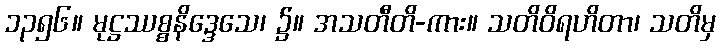
၁၃၅၆။ မုဋ္ဌဿစ္စနိဒ္ဒေသေ၊ ၌။ အသတီတိ-ကား။ သတိဝိရဟိတာ၊ သတိမှ